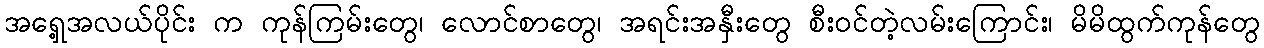
အရှေ့အလယ်ပိုင်း က ကုန်ကြမ်းတွေ၊ လောင်စာတွေ၊ အရင်းအနှီးတွေ စီးဝင်တဲ့လမ်းကြောင်း၊ မိမိထွက်ကုန်တွေ